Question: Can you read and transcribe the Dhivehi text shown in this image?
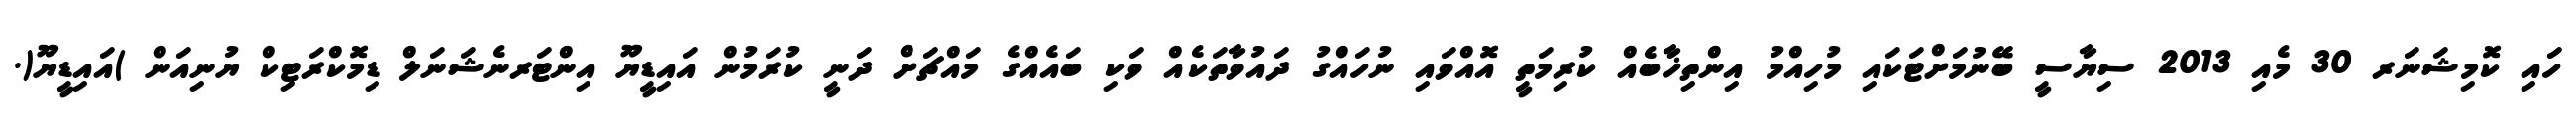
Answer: ހައި ކޮމިޝަނަރ 30 މެއި 2013 ސިޔާސީ ބޭނުމަށްޓަކައި މުހިއްމު އިންތިޚާބެއް ކުރިމަތީ އޮއްވައި ނުހައްގު ދައުވާތަކެއް ވަކި ބައެއްގެ މައްޗަށް ދަނީ ކުރަމުން އައިޑީޔޫ އިންޓަރނެޝަނަލް ޑިމޮކްރަޓިކް ޔުނިއަން )އައިޑީޔޫ(.